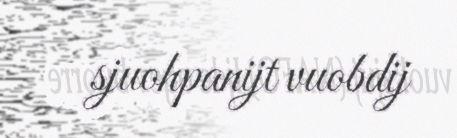
sjuohpanijt vuobdij